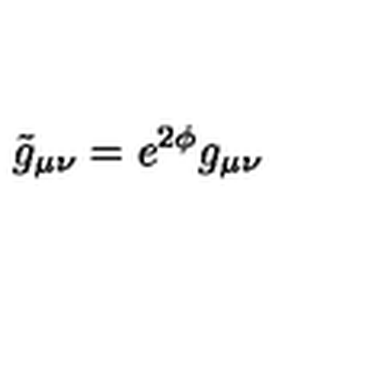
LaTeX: \tilde { g } _ { \mu \nu } = e ^ { 2 \phi } g _ { \mu \nu }